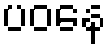
ပဝနေ